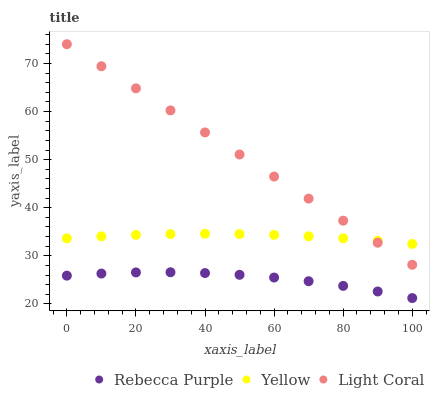
| xaxis_label | Rebecca Purple | Yellow | Light Coral |
 | --- | --- | --- | --- |
 | 0 | 25.9 | 33.6 | 74 |
 | 10 | 26.3 | 34 | 69.4 |
 | 20 | 26.5 | 34.3 | 64.8 |
 | 30 | 26.6 | 34.5 | 60.2 |
 | 40 | 26.4 | 34.6 | 55.7 |
 | 50 | 26.1 | 34.5 | 51.1 |
 | 60 | 25.5 | 34.4 | 46.5 |
 | 70 | 24.7 | 34.1 | 41.9 |
 | 80 | 23.8 | 33.6 | 37.3 |
 | 90 | 22.6 | 33.1 | 32.7 |
 | 100 | 21.2 | 32.5 | 28.1 |